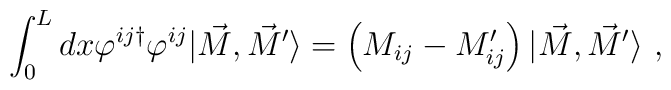
\int_{0}^{L} dx \varphi^{ij\dagger} \varphi^{ij} |\vec{M},\vec{M}^{\prime} \rangle =\left( M_{ij} - M_{ij}' \right) | \vec{M},\vec{M}^{\prime} \rangle \ ,